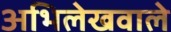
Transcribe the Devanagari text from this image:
अभिलेखवाले